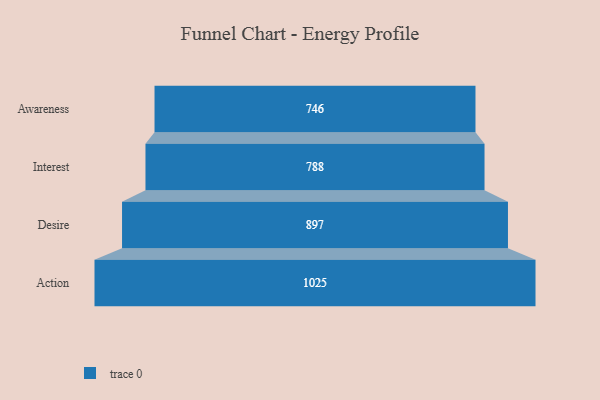
{"axis": {"x": "Stage", "y": "Value"}, "legend": [""], "data": [{"x": "Awareness", "y": 746.0, "type": ""}, {"x": "Interest", "y": 788.0, "type": ""}, {"x": "Desire", "y": 897.0, "type": ""}, {"x": "Action", "y": 1025.0, "type": ""}]}